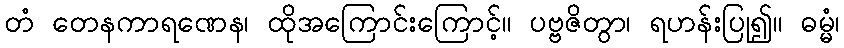
တံ တေနကာရဏေန၊ ထိုအကြောင်းကြောင့်။ ပဗ္ဗဇိတွာ၊ ရဟန်းပြု၍။ ဓမ္မံ၊